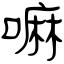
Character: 嘛